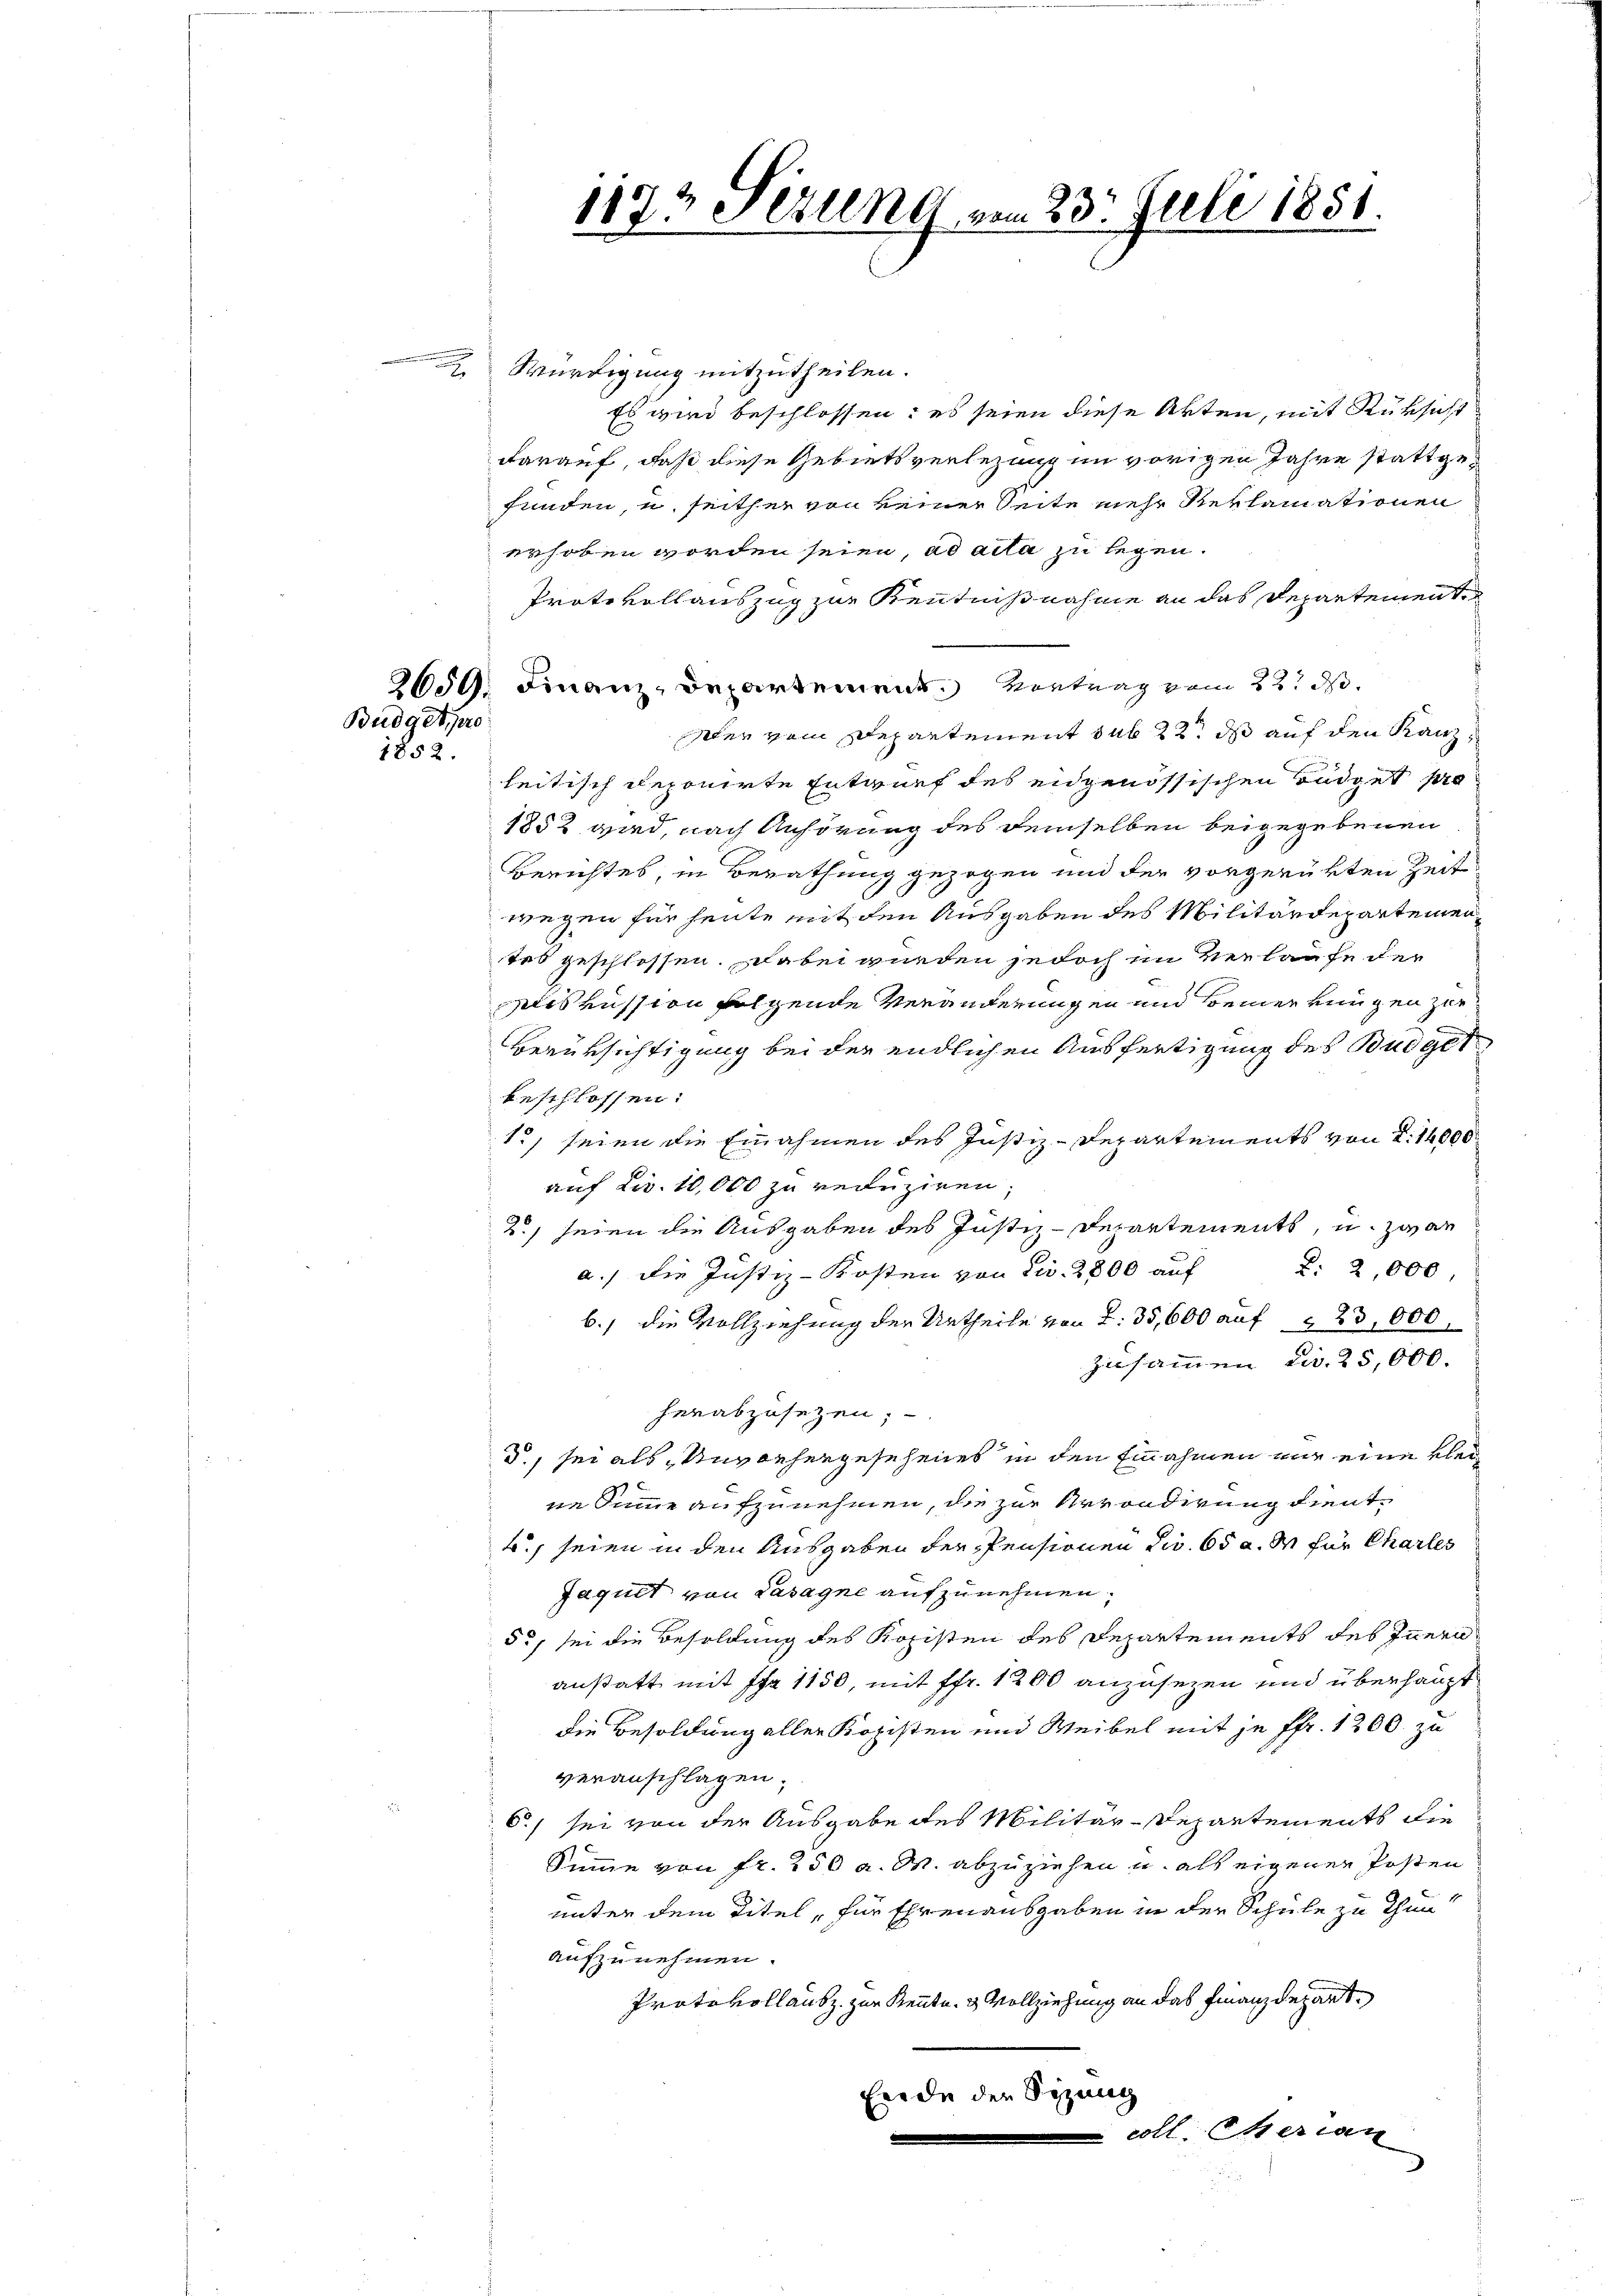
Budget pro
1852.

Würdigung mitzutheilen.
Es wird beschlossen: es seien diese Akten, mit Rüksicht
darauf, daß diese Gebietsverlegung im vorigen Jahre stattgefunden, u. seither von keiner Seite mehr Reklamationen
erhoben worden seien, ad acta zu legen.
Protokollauszug zur Kenntnißnahme an das Departemente
2659. Finanz-Departement. Vortrag vom 22. ds.
Der vom Departement sub 22t ds auf den Kanzleitisch deponirte Entwurf des eidgenössischen Büdget pro
1852 wird, nach Anhörung des demselben beigegebenen
Berichtes, in Berathung gezogen und der vorgerükten Zeit
wegen für heute mit den Ausgaben des Militärdepartemen
tes geschlossen. Dabei wurden jedoch im Verlaufe der
mich aussion folgende Veränderungen und seiner eingen zur
Berüksichtigung bei der endlichen Ausfertigung des Budget
beschlossen:
1., seien die Einahmen des Justiz-Departements von d. 14000
auf Liv. 10,000 zu reduziren,
2., seien die Ausgaben des Justiz-Departements, u. zwar
L: 2,000
a.) die Justiz-Kosten von Civ. 2800 auf
b.) die Vollziehung der Urtheile von S. 35,600 auf    23,000
zusammen ca. 25,000.
herabzusetzen;
d., sei als Unvorhergesehenes in den Einnahmen nur eine kleine Sinne aufzunehmen, die zur Arrondirung dientt. seien in den Ausgaben der Pensionen dir. 65 a. M für Charles
Jaquet von Lasagne aufzunehmen.
5., sei die Besoldung des Kopisten des Departements des Innern
anstatt mit Pra 1150, mit ffr. 1200 anzusetzen und überhaupt
die Besoldung aller Kopisten und Weibel mit je ffr. 1200. zu
veranschlagen.
6.) sei von der Ausgabe des Militär-Departements die
Summe von fr. 250 a. M. abzuziehen u. als eigenen Posten
unter dem Titel, für Ehren ausgaben in der Schule zu thun
aufzunehmen.
Protokollausz zur Rente & Vollziehung an das Finanzdepart
Erede der Sizung
coll Serian

1172 Fezung vom 23. Juli 1851.